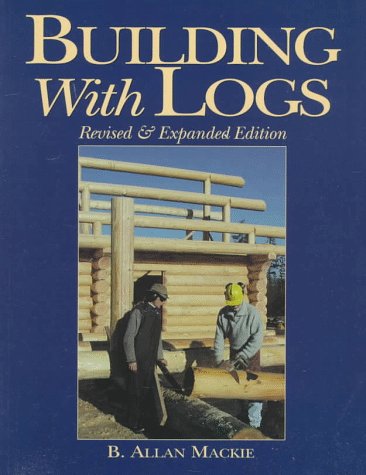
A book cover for Building with Logs; B. Allan Mackie; Crafts, Hobbies & Home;